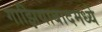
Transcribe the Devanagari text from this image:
गाझियाबादमध्ये